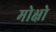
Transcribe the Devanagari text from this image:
मोक्षो